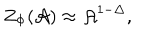
LaTeX: Z _ { \Phi } ( { \cal { A } } ) \approx { \cal { A } } ^ { 1 - \Delta } ,